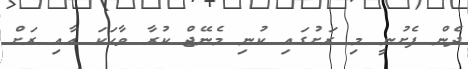
ދެން ފެށުނީ މި ރަށުގައި ކުނި މެނޭޖް ކުރާ ވާހަކަ އާއި ރަށް